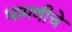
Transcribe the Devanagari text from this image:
धामणीचे